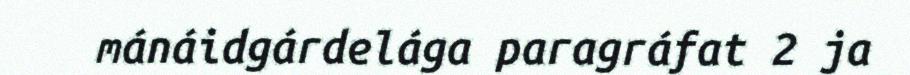
mánáidgárdelága paragráfat 2 ja